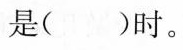
是()时。